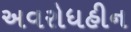
અવરોધહીન